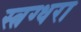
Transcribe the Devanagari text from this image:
स्त्रग्धरा